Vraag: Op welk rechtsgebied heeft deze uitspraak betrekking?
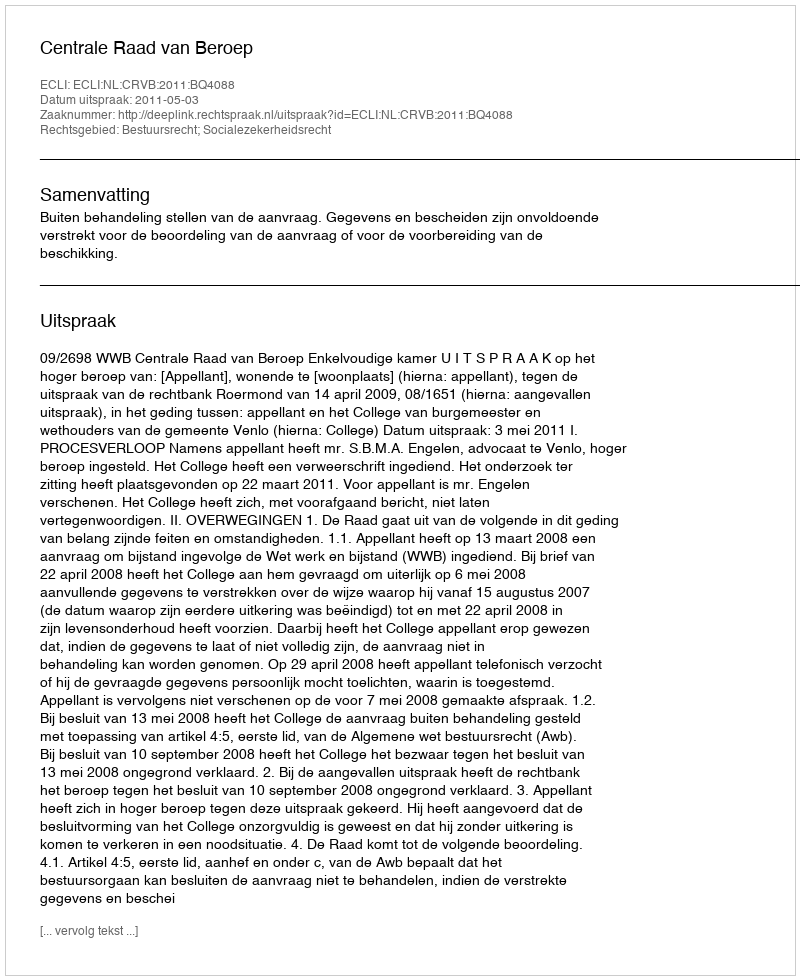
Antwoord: Bestuursrecht; Socialezekerheidsrecht